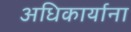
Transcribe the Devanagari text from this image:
अधिकार्याना